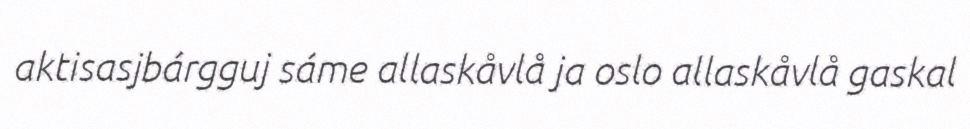
aktisasjbárgguj sáme allaskåvlå ja oslo allaskåvlå gaskal